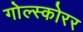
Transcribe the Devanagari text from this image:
गोल्स्कोरर